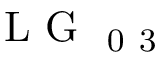
\mathrm { ~ L ~ G ~ } _ { \mathrm { ~ 0 ~ 3 ~ } }